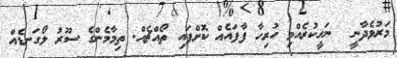
މަރުވެދާނީ  ނަހީކުރެއްވި ހުރިހާ ފާފައެއް ކޮށްފައި ތޯއްޗެއް. ތިމާމެންގެ ސޫރު ލޯގަނޑެއް